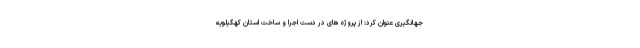
جهانگیری عنوان کرد: از پروژه های در دست اجرا و ساخت استان کهگیلویه